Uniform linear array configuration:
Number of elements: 12
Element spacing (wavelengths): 0.5
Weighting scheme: exponential
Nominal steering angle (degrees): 0
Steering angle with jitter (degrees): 1.484
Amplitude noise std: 0.05
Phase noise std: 0.05

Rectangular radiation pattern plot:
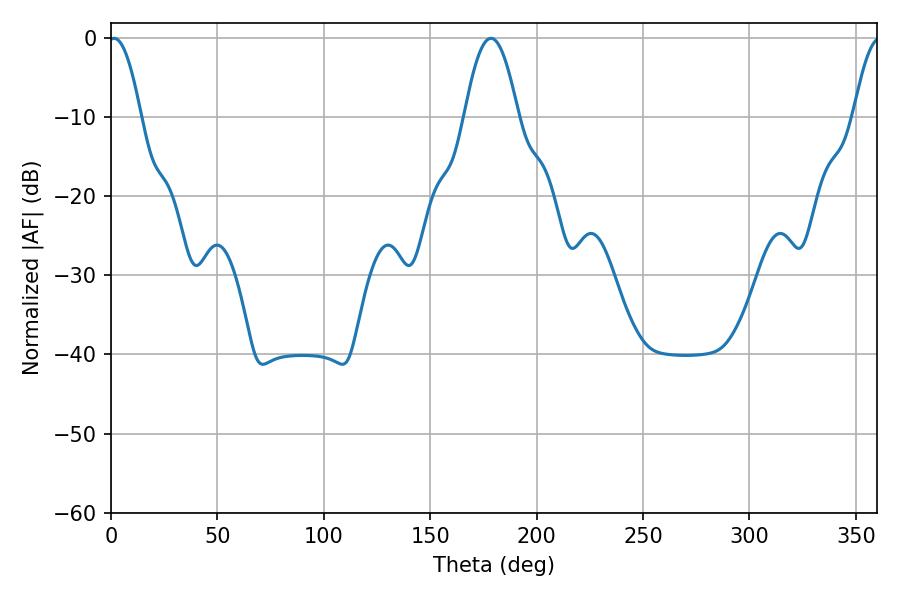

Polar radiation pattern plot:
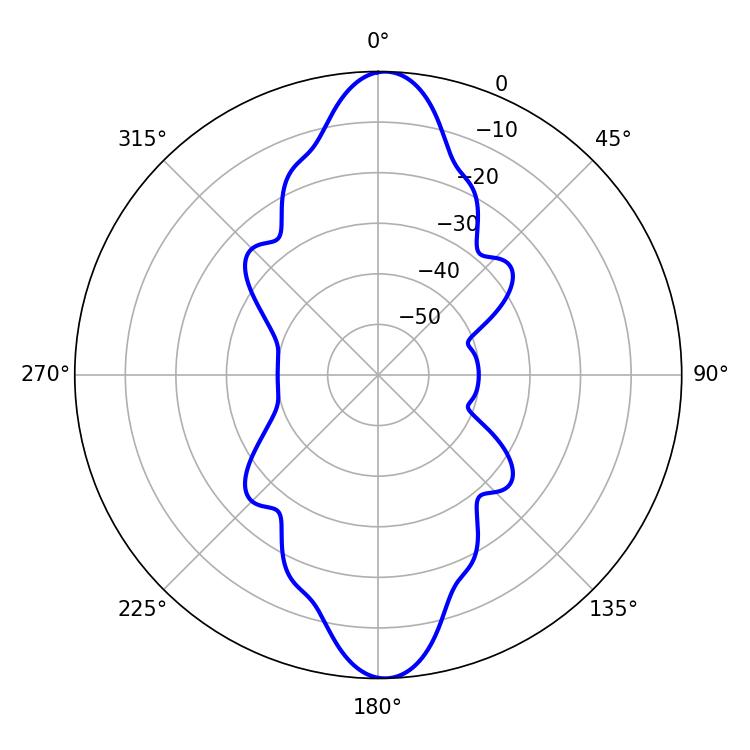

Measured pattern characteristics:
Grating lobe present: FALSE
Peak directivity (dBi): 22.844
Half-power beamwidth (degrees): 8.28
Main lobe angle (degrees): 1.44